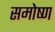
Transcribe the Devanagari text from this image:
समोष्ण